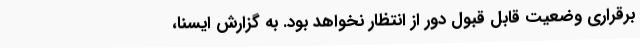
برقراری وضعیت قابل‌ قبول دور از انتظار نخواهد بود. به گزارش ایسنا،